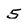
Character: 5